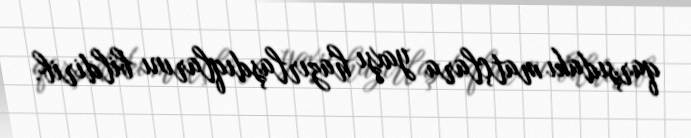
qarşıdakı matçlara yaxşı hazırlaşdıqlarını bildirib.